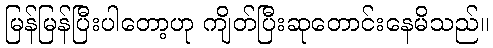
မြန်မြန်ပြီးပါတော့ဟု ကျိတ်ပြီးဆုတောင်းနေမိသည်။